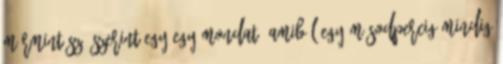
mármint szó szerint egy-egy mondat, amiből egy másodpercig mindig